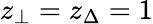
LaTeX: z_{\bot}=z_{\Delta}=1